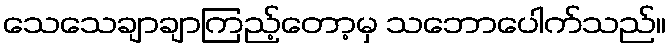
သေသေချာချာကြည့်တော့မှ သဘောပေါက်သည်။